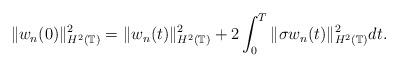
LaTeX: \begin{align*} \|w_n(0)\|_{H^2(\mathbb{T})}^{2}= \|w_n(t)\|_{H^2(\mathbb{T})}^{2} + 2\int_{0}^{T} \|\sigma w_n(t)\|_{H^2(\mathbb{T})}^{2}dt.\end{align*}